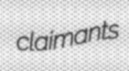
claimants